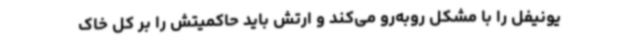
یونیفل را با مشکل روبه‌رو می‌کند و ارتش باید حاکمیتش را بر کل خاک